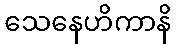
သေနေဟိကာနိ